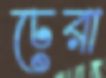
ঢেরা